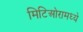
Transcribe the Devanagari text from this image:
मिटिओरामध्ये